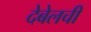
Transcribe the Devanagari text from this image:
देबेलची